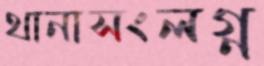
থানাসংলগ্ন